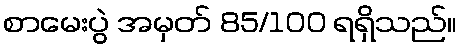
စာမေးပွဲ အမှတ် 85/100 ရရှိသည်။